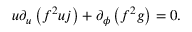
u \partial _ { u } \left( f ^ { 2 } u j \right) + \partial _ { \phi } \left( f ^ { 2 } g \right) = 0 .